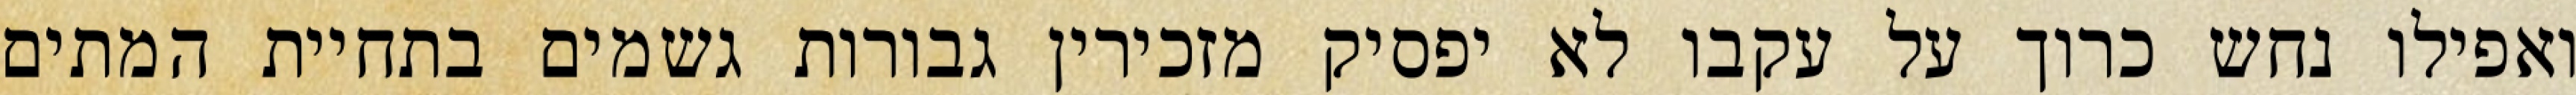
ואפילו נחש כרוך על עקבו לא יפסיק מזכירין גבורות גשמים בתחיית המתים